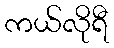
ကယ်လိုရီ